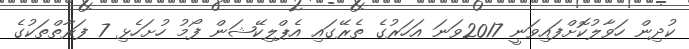
ކުދިން ހަވާލުކޮށްފައިވަނީ 2017ވަނަ އަހަރުގެ ތެރޭގައި އެޕްލިކޭޝަން ފޯމު ހުށަހެޅި 7 ފަރާތްތަކުގެ